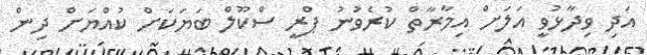
އަދި ވިދާޅުވީ އަލަށް އިމާރާތް ކުރެވުނު ޕްރީ ސްކޫލް ބަޔަކަށް ކުއްޔަށް ދިން